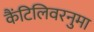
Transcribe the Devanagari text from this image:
कैंटिलिवरनुमा